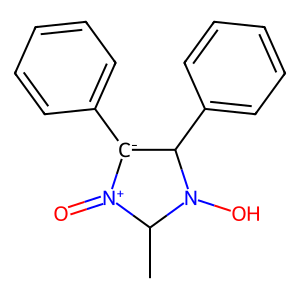
SMILES: CC1N(O)C(c2ccccc2)[C-](c2ccccc2)[N+]1=O
Inhibits HIV replication: No